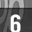
Digit: 6